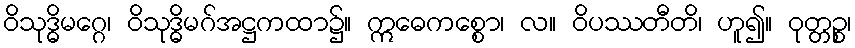
ဝိသုဒ္ဓိမဂ္ဂေ၊ ဝိသုဒ္ဓိမဂ်အဋ္ဌကထာ၌။ ဣဓေကစ္စော၊ လ။ ဝိပဿတီတိ၊ ဟူ၍။ ဝုတ္တဉ္စ၊